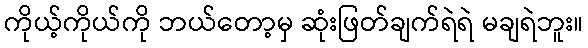
ကိုယ့်ကိုယ်ကို ဘယ်တော့မှ ဆုံးဖြတ်ချက်ရဲရဲ မချရဲဘူး။